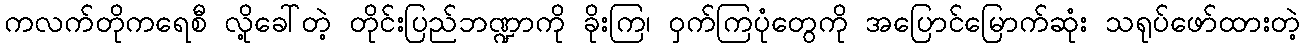
ကလက်တိုကရေစီ လို့ခေါ်တဲ့ တိုင်းပြည်ဘဏ္ဍာကို ခိုးကြ၊ ဝှက်ကြပုံတွေကို အပြောင်မြောက်ဆုံး သရုပ်ဖော်ထားတဲ့